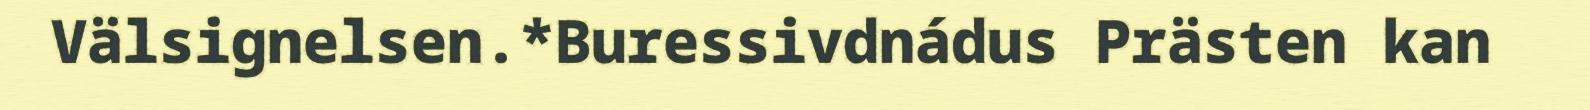
Välsignelsen.*Buressivdnádus Prästen kan